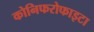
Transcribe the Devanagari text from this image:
कोनिफरोफाइटा